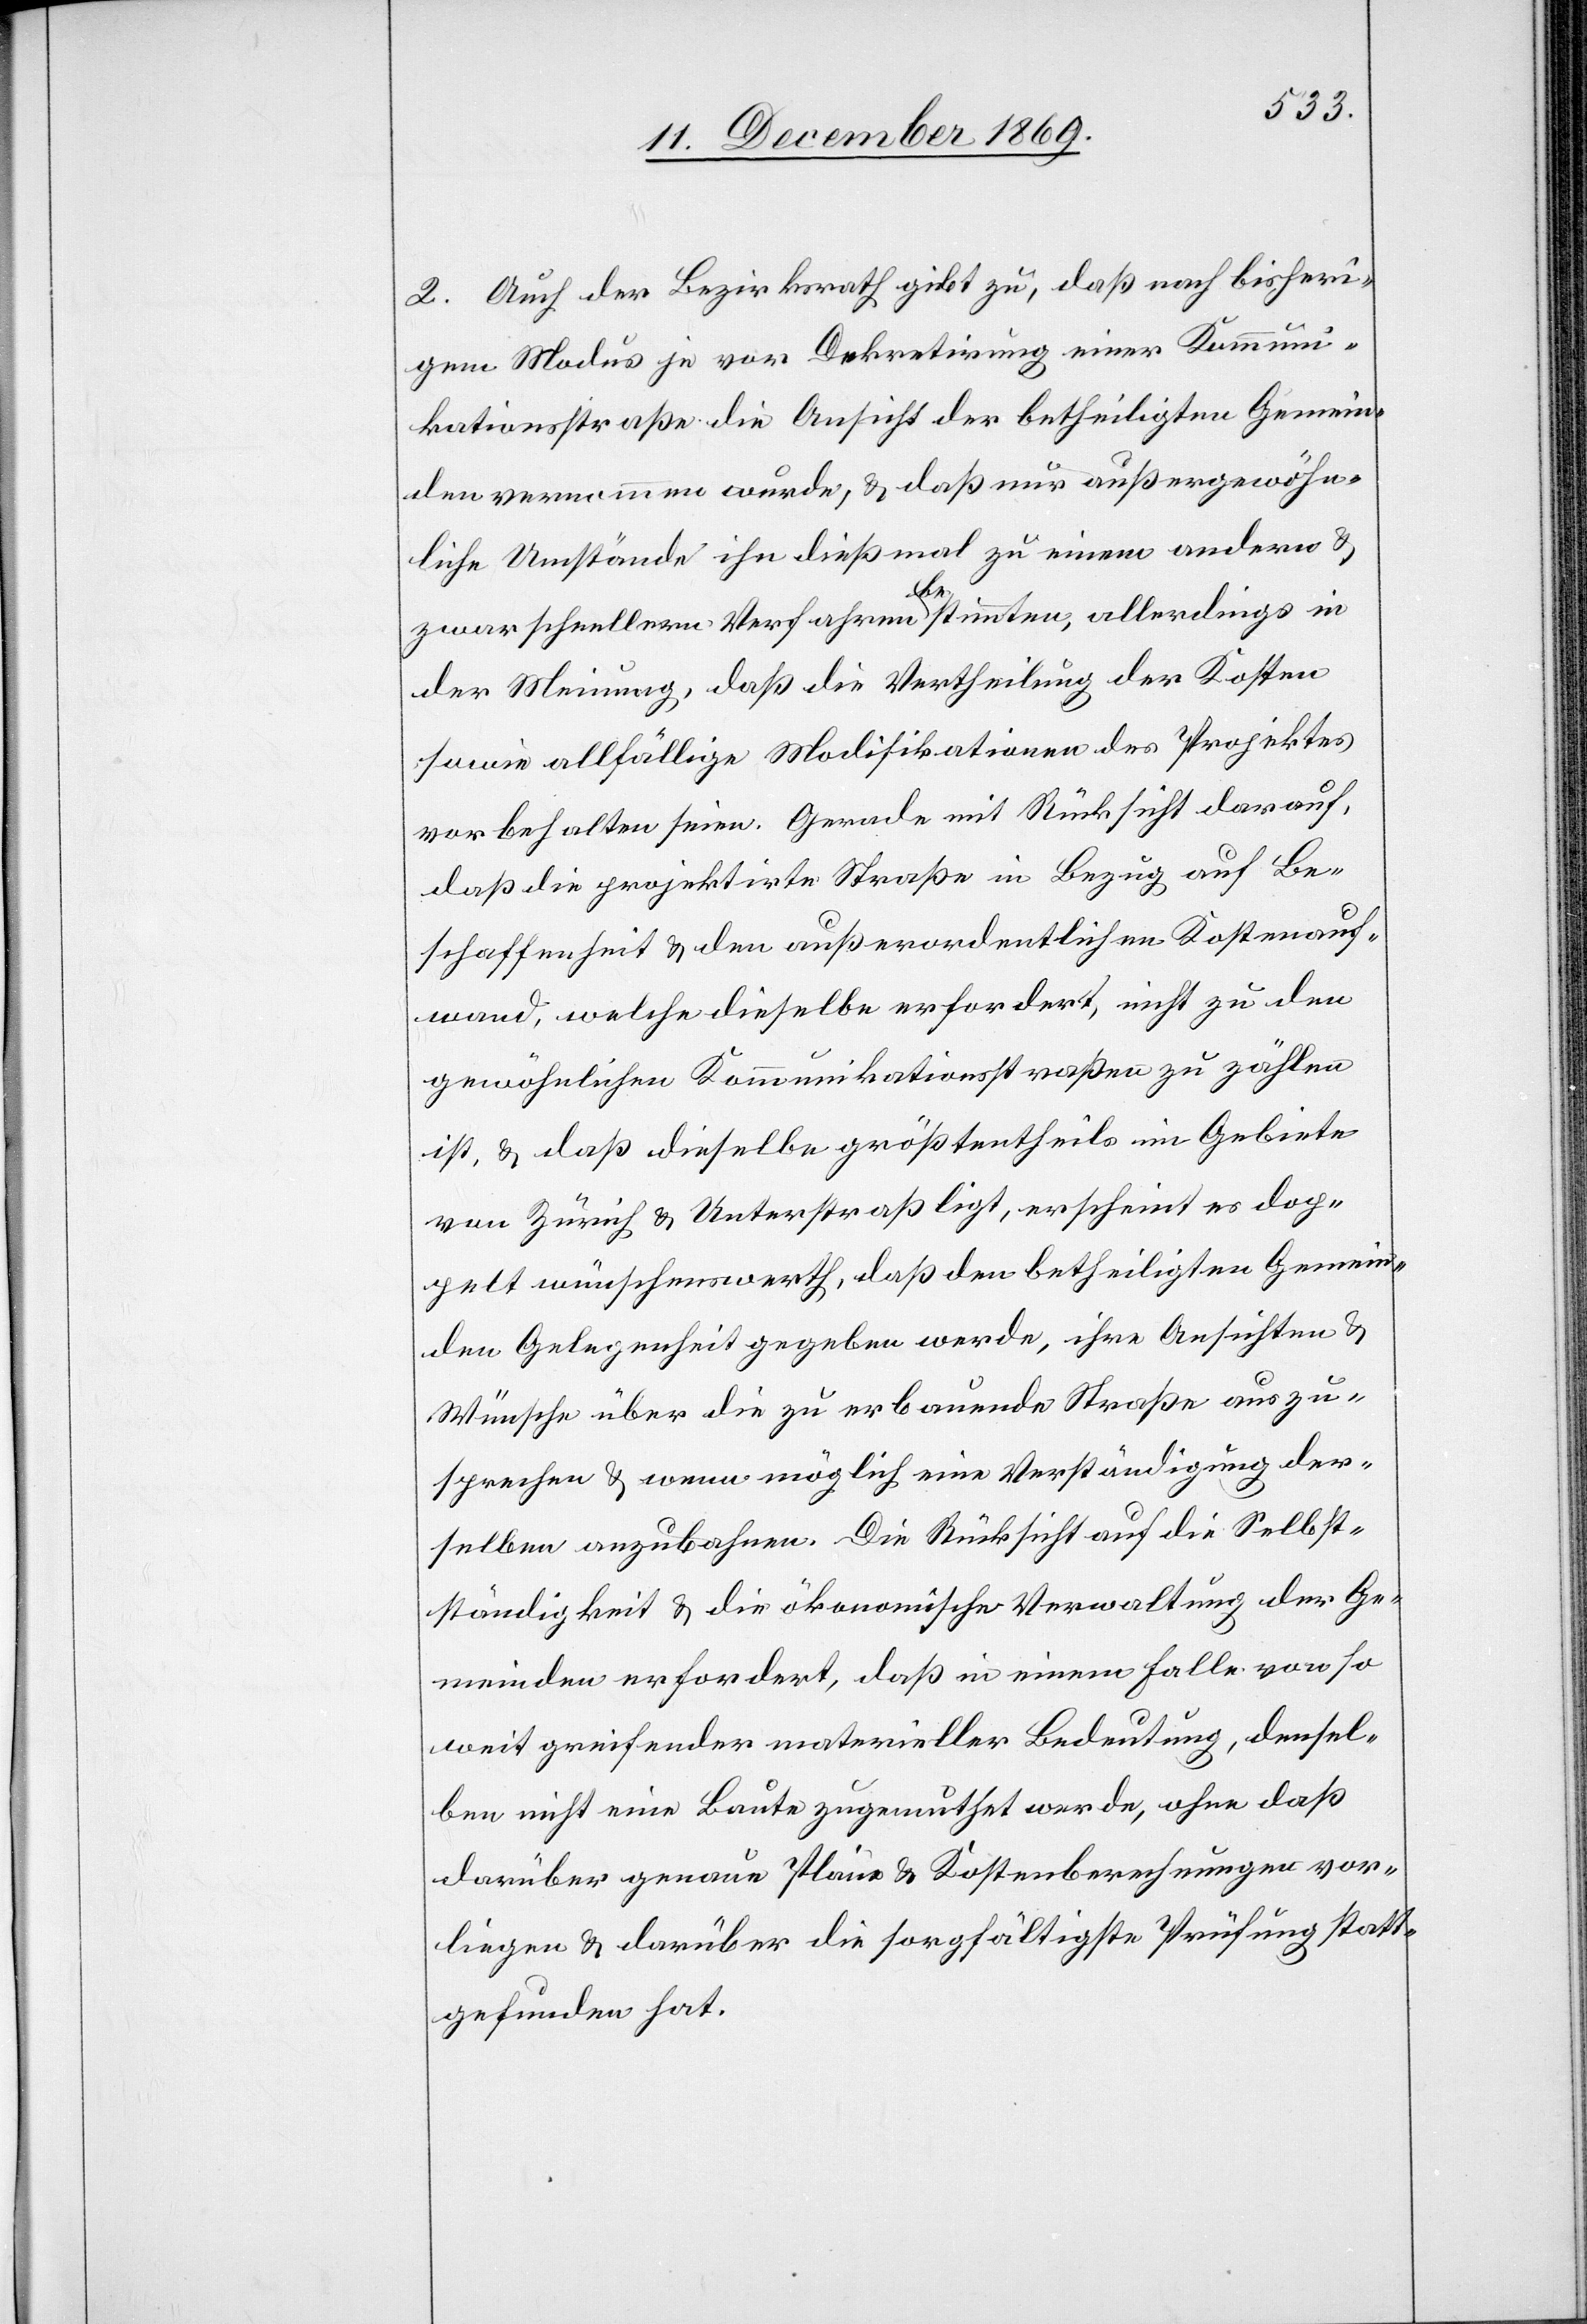
2. Auch der Bezirksrath gibt zu, daß nach bisheri¬
gem Modus je vor Dekretirung einer Kommuni¬
kationsstraße die Ansicht der betheiligten Gemein¬
den vernommen wurde, & daß nur außergewöhn¬
liche Umstände ihn dießmal zu einem andern &
zwar schnellern Verfahren bestimmten, allerdings in
der Meinung, daß die Vertheilung der Kosten
sowie allfällige Modifikationen des Projektes
vorbehalten seien. Gerade mit Rücksicht darauf,
daß die projektirte Straße in Bezug auf Be¬
schaffenheit & den außerordentlichen Kostenauf¬
wand, welche dieselbe erfordert, nicht zu den
gewöhnlichen Kommunikationsstraßen zu zählen
ist, & daß dieselbe größtentheils im Gebiete
von Zürich & Unterstraß li[e]gt, erscheint es dop¬
pelt wünschenwerth, daß den betheiligten Gemein¬
den Gelegenheit gegeben werde, ihre Ansichten &
Wünsche über die zu erbauende Straße auszu¬
sprechen & wenn möglich eine Verständigung der¬
selben anzubahnen. Die Rücksicht auf die Selbst¬
ständigkeit & die ökonomische Verwaltung der Ge¬
meinden erfordert, daß in einem Falle von so
weit greifender materieller Bedeutung, densel¬
ben nicht eine Baute zugemuthet werde, ohne daß
darüber genaue Pläne & Kostenberechnungen vor¬
liegen & darüber die sorgfältigste Prüfung statt¬
gefunden hat.